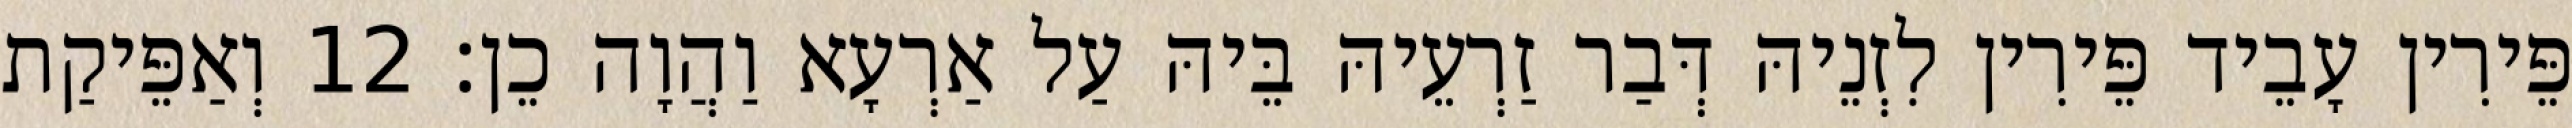
פֵּירִין עָבֵיד פֵּירִין לִזְנֵיהּ דְּבַר זַרְעֵיהּ בֵּיהּ עַל אַרְעָא וַהֲוָה כֵן׃ 12 וְאַפֵּיקַת